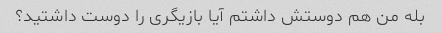
بله من هم دوستش داشتم آیا بازیگری را دوست داشتید؟